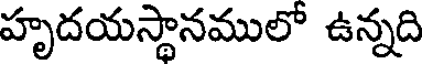
హృదయస్థానములో ఉన్నది